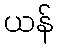
ယန်